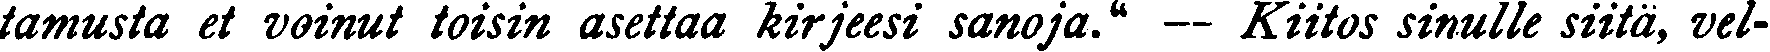
tamusta et voinut toisin asettaa kirjeesi sanoja." — Kiitos sinulle siitä, vel-